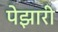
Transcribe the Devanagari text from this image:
पेझारी